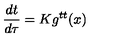
\frac { d t } { d \tau } = K g ^ { t t } ( x )